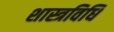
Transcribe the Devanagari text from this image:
शास्त्रविधि